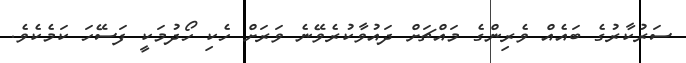
ސަރުކާރުގެ ބައެއް ވެރިންގެ މައްޗަށް ދައުވާކުރެވޭނެ ވަރަށް ހެކި ހޯދުމަކީ ފަސޭހަ ކަމެކެވެ.